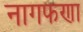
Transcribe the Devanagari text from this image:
नागफणा